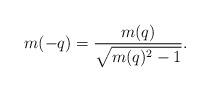
LaTeX: \begin{align*}m(-q)=\frac{m(q)}{\sqrt{m(q)^2-1}}.\end{align*}